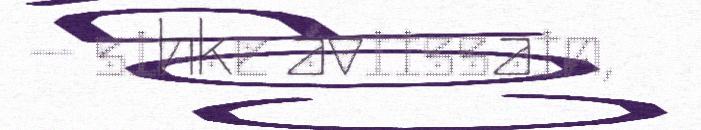
– sihke áviissain,